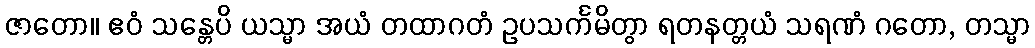
ဇာတော။ ဧဝံ သန္တေပိ ယသ္မာ အယံ တထာဂတံ ဥပသင်္ကမိတွာ ရတနတ္တယံ သရဏံ ဂတော, တသ္မာ